Report on vaccination in Madras 1895-1903 - 1895-1903
Year: 1895
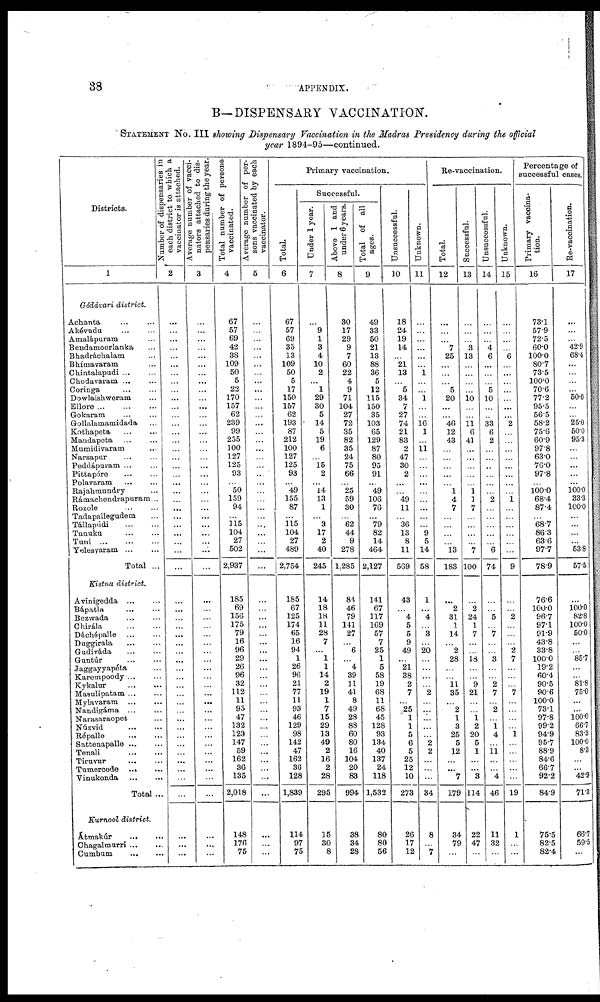
38
APPENDIX.
B— DISPENSARY VACCINATION.
STATEMENT No. III showing Dispensary Vaccination in the Madras Presidency during the official
year 1894-95—continued.
Districts.
1
Gódávari district.
Achanta ... ...
Akévudu
...
...
Amalápuram ...
Bendamoorlanka ...
Bhadráchalam ...
Bhímavaram ...
Chintalapudi ... ...
Chodavaram ... ...
Coringa ... ...
Dowlaishweram ...
Ellore
...
...
...
Gokaram ... ...
Gollalamamidada ...
Kothapeta ... ...
Mandapeta
...
...
Mumidivaram ...
Narsapur ... ...
Peddápuram ... ...
Pittapóre ... ...
Polavaram
...
...
Rajahmundry ...
Rámachendrapuram...
Rozole ... ...
Tadapallegudem ...
Tállapúdi
...
...
Tanuku
...
...
Tuni
...
...
...
Yelesyaram ... ...
Total ...
Kistna district.
Avinigedda
...
...
Bápatla
...
...
Bezwada
...
...
Chirála ... ...
Dáchépalle
...
...
Duggirala ... ...
Gudiváda
...
...
Guntúr
...
...
Jaggayyapéta ...
Karempoody ... ...
Kykalur
...
...
Masulipatam ... ...
Mylavaram ... ...
Nandigáma
...
...
Narasaraopet ...
Núzvid
...
...
Répalle
...
...
Sattenapalle ... ...
Tenali
...
...
Tiruvur
...
...
Tumercode ... ...
Vinukonda
...
...
Total ...
Kurnool district.
Átmakúr
...
...
Chagalmurri ... ...
Cumbum
...
...
Number of dispensaries in
each district to which a
vaccinator is attached.
2
...
...
...
...
...
...
...
...
...
...
...
...
...
...
...
...
...
...
...
...
...
...
...
...
...
...
...
...
...
...
...
...
...
...
...
...
...
...
...
...
...
...
...
...
...
...
...
...
...
...
...
...
...
...
...
Average number of vacci-
nators attached to dis-
pensaries during the year.
3
...
...
...
...
...
...
...
...
...
...
...
...
...
...
...
...
...
...
...
...
...
...
...
...
...
...
...
...
...
...
...
...
...
...
...
...
...
...
...
...
...
...
...
...
...
...
...
...
...
...
...
...
...
...
...
Total number of persons
vaccinated.
4
67
57
69
42
38
109
50
5
22
170
157
62
239
99
255
100
127
125
93
... 50
159
94
...
115
104
27
502
2,937
185
69
156
175
79
16
96
29
26
96
32
112
11
95
47
132
123
147
59
162
36
135
2,018
148
176
75
Average number of per-
sons vaccinated by each
vaccinator.
5
...
...
...
...
...
...
...
...
...
...
...
...
...
...
...
...
...
...
...
...
...
...
...
...
...
...
...
...
...
...
...
...
...
...
...
...
...
...
...
...
...
...
...
...
...
...
...
...
...
...
...
...
...
...
...
Primary vaccination.
Total.
6
67
57
69
35
13
109
50
5
17
150
157
62
193
87
212
100
127
125
93
... 49
155
87
...
115
104
27
489
2,754
185
67
125
174
65
16
94
1
26
96
21
77
11
93
46
129
98
142
47
162
36
128
1,839
114
97
75
Successful.
Under 1 year.
7
...
9
1
3
4
10
2
...
1
29
30
5
14
5
19
6
...
15 2
... 14
13
1
...
9
17
2
40
245
14
18
18
11
28
7
... 1
1
14
2
19
1
7
15
29
13
49
2
16
2
28
295
15
30
8
Above 1 and
under 6 years.
8
30
17
29
9
7
60
22
4
9
71
104
27
72
35
82
35
24
75
66
... 25
59
30
...
62
44
9
278
1,285
84
46
79
141
27
...
6
...
4
39
11
41
8
49
28
88
60
80
16
104
20
83
994
38
34
28
Total of all
ages.
9
49
33
50
21
13
88
36
5
12
115
150
35
103
65
129
87
80
95
91
...
49
106
76
...
79
82
14
464
2,127
141
67
117
169
57
7
25
1
5
58
19
68
11
68
45
128
93
134
40
137
24
118
1,532
80
80
56
Unsuccessful.
10
18
24
19
14
...
21
13
... 5
34
7
27
74
21
83
2
47
30
2
...
...
49
11
...
36
13
8
11
569
43
... 4
5
5
9
49
...
21
38
2
7
...
25
1
1
5
6
5
25
12
10
273
26
17
12
Unknown.
11
...
...
...
...
...
... 1
...
...
1
...
... 16
1
...
11
...
...
...
...
...
...
...
...
... 9
5
14
58
1
...
4
... 3
...
20
...
...
...
...
2
...
...
...
...
...
2
2
...
...
...
34
8
...
7
Re-vaccination.
Total.
12
...
...
... 7
25
...
...
...
5
20
...
... 46
12
43
...
...
...
...
... 1
4
7
...
...
...
...
13
183
...
2
31
1
14
...
2
28
...
...
11
35
...
2
1
3
25
5
12
...
...
7
179
34
79
...
Successful.
13
...
...
...
3
13
...
...
...
...
10
...
...
11 6
41
...
...
...
...
...
1 1
7
...
...
...
...
7
100
...
2
24
1
7
...
...
18
...
...
9
21
...
...
1
2
20
5
1
...
...
3
114
22
47
...
Unsuccessful.
14
...
...
...
4
6
...
...
...
5
10
...
...
33
6
2
...
...
...
...
...
...
2
...
...
...
...
...
6
74
...
... 5
... 7
...
... 3
...
...
2
7
...
2
...
1
4
...
11
...
...
4
46
11
32
...
Unknown.
15
...
...
...
...
6
...
...
...
...
...
...
...
2
...
...
...
...
...
...
...
...
1
...
...
...
...
...
...
9
...
... 2
...
...
...
2
7
...
...
...
7
...
...
...
...
1
...
...
...
...
...
19
1
...
...
Percentage of
successful cases.
Primary vaccina-
tion.
16
73.1
57.9
72.5
60.0
100.0
80.7
73.5
100.0
70.6
77.2
95.5
56.5
58.2
75.6
60.9
97.8
63.0
76.0
97.8
... 100.0
68.4
87.4
...
68.7
86.3
63.6
97.7
78.9
76.6
100.0
96.7
97.1
91.9
43.8
33.8
100.0
19.2
60.4
90.5
90.6
100.0
73.1
97.8
99.2
94.9
95.7
88.9
84.6
66.7
92.2
84.9
75.5
82.5
82.4
Re-vaccination.
17
...
...
... 42.9
68.4
...
...
...
...
50.0
...
...
25.0
50.0
95.3
...
...
...
...
...
100.0
33.3
100.0
...
...
...
...
53.8
57.5
...
100.0 82.8
100.0
50.0
...
...
85.7
...
...
81.8
75.0
...
...
100.0
66.7
83.3
100.0
8.3
...
...
42.9
71.3
66.7
59.5
...